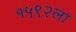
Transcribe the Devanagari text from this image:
१५९२ला